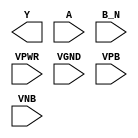
module sky130_fd_sc_hdll__nor2b (
    Y   ,
    A   ,
    B_N ,
    VPWR,
    VGND,
    VPB ,
    VNB
);

    output Y   ;
    input  A   ;
    input  B_N ;
    input  VPWR;
    input  VGND;
    input  VPB ;
    input  VNB ;
endmodule